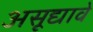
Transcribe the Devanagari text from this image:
असूद्यावे